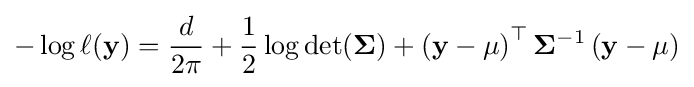
-\log \ell (\mathbf {y} )={\frac {d}{2\pi }}+{\frac {1}{2}}\log \det(\mathbf {\Sigma } )+\left(\mathbf {y} -\mathbf {\mu } \right)^{\top }\mathbf {\Sigma } ^{-1}\left(\mathbf {y} -\mathbf {\mu } \right)